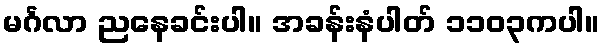
မင်္ဂလာ ညနေခင်းပါ။ အခန်းနံပါတ် ၁၁၀၃ကပါ။